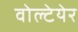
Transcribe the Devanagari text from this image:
वोल्टेयेर